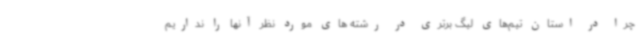
چرا در استان تیم‌های لیگ برتری در رشته های مورد نظر آنها را نداریم